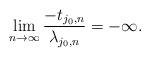
LaTeX: \begin{align*} \lim_{n\to\infty} \frac{-t_{j_0,n}}{\lambda_{j_0,n}}=-\infty.\end{align*}